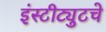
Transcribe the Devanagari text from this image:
इंस्टीट्युटचे